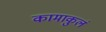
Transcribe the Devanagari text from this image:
कामाकुलं